Report on the lunatic asylums under the Government of Bombay - 1904-1913
Year: 1904
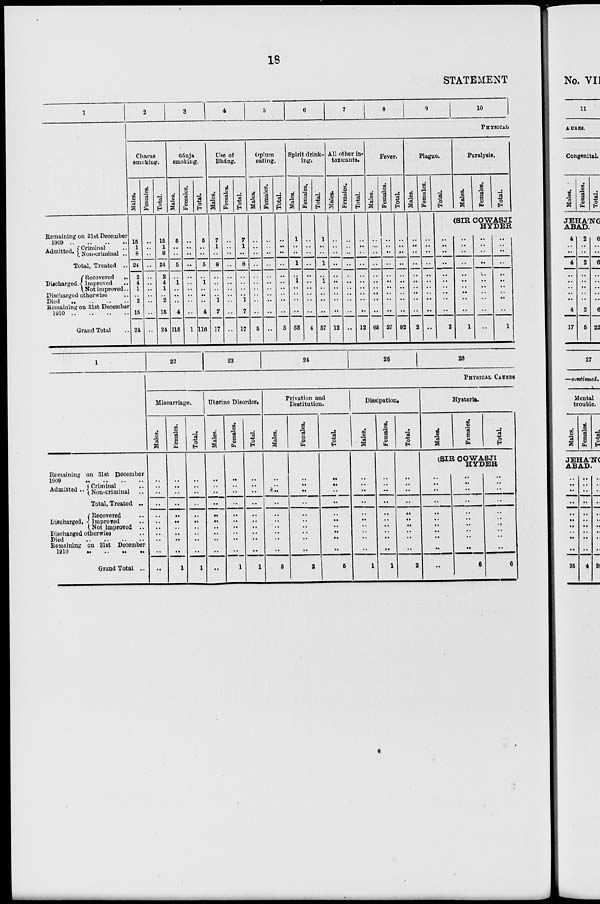
18
STATEMENT
1
Remaining on 31st December
1909 .. .. .. ..
Admitted. Criminal ..
Non-criminal ..
Total, Treated ..
Discharged.
Recovered
..
Improved ..
Not improved ..
Discharged otherwise ..
Died .. .. .. ..
Remaining on 31st December
1910 .. .. .. ..
Grand Total ..
2
3
4
5
6
7
8
9
10
PHYSICAL
Charas
smoking.
Males.
15
1
8
24
2
4
1
..
2
15
24
Females.
..
..
..
..
..
..
..
..
..
..
..
Total.
15
1
8
24
2
4
1
..
2
15
24
Gánja
smoking.
Males.
5
..
..
5
..
1
..
..
..
4
115
Females.
..
..
..
..
..
..
..
..
..
..
1
Total.
5
..
..
5
..
1
..
..
..
4
116
Use of
Bhang.
Males.
7
1
..
8
..
..
..
..
1
7
17
Females.
..
..
..
..
..
..
..
..
..
..
..
Total.
7
1
..
8
..
..
..
..
1
7
17
Opium
eating.
Males.
..
..
..
..
..
..
..
..
..
..
5
Females.
..
..
..
..
..
..
..
..
..
..
..
Total.
..
..
..
..
..
..
..
..
..
..
5
Spirit drink-
ing.
Males.
1
..
..
1
..
1
..
..
..
..
53
Females.
..
..
..
..
..
..
..
..
..
..
4
Total.
1
..
..
1
..
1
..
..
..
..
57
All other in-
toxicants.
Males.
..
..
..
..
..
..
..
..
..
..
12
Females.
..
..
..
..
..
..
..
..
..
..
..
Total.
..
..
..
..
..
..
..
..
..
..
12
Fever.
Males.
..
..
..
..
..
..
..
..
..
..
65
Females.
..
..
..
..
..
..
..
..
..
..
27
Total.
..
..
..
..
..
..
..
..
..
..
92
Plague.
Males.
..
..
..
..
..
..
..
..
..
..
2
Females.
..
..
..
..
..
..
..
..
..
..
..
Total.
Paralysis.
Males.
Females.
Total.
(SIR COWASJI
HYDER
..
..
..
..
..
..
..
..
..
..
2
..
..
..
..
..
..
..
..
..
..
1
..
..
..
..
..
..
..
..
..
..
..
..
..
..
..
..
..
..
..
..
..
1
1
Remaining on 31st December
1909 .. .. .. ..
Admitted .. Criminal ..
Non-criminal ..
Total, Treated ..
Discharged.
Recovered ..
Improved ..
Not improved ..
Discharged otherwise ..
Died .. .. .. ..
Remaining on 31st December
1910 .. .. .. ..
Grand Total ..
22
23
24
25
26
PHYSICAL CAUSES
Miscarriage.
Males.
..
..
..
..
..
..
..
..
..
..
..
Females.
..
..
..
..
..
..
..
..
..
..
1
Total.
..
..
..
..
..
..
..
..
..
..
1
Uterine Disorder.
Males.
..
..
..
..
..
..
..
..
..
..
..
Females.
..
..
..
..
..
..
..
..
..
..
1
Total.
..
..
..
..
..
..
..
..
..
..
1
Privation and
Destitution.
Males.
..
..
..
..
..
..
..
..
..
..
3
Females.
..
..
..
..
..
..
..
..
..
..
2
Total.
..
..
..
..
..
..
..
..
..
..
5
Dissipation.
Males.
..
..
..
..
..
..
..
..
..
..
1
Females.
..
..
..
..
..
..
..
..
..
..
1
Total.
..
..
..
..
..
..
..
..
..
..
2
Hysteria.
Males.
Females.
Total.
(SIR COWASJI
HYDER
..
..
..
..
..
..
..
..
..
..
..
..
..
..
..
..
..
..
..
..
..
6
..
..
..
..
..
..
..
..
..
..
6